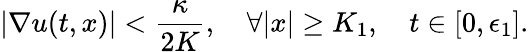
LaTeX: |\nabla u(t,x)|<\frac{\kappa}{2K},\quad\forall|x|\geq K_{1},\quad t\in[0,\epsilon_{1}].